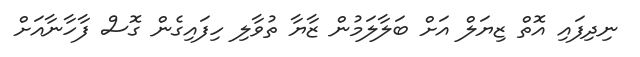
ނިދިފައި އޮތް ޒިޔަލް އަށް ބަލާލަމުން ޒާޔާ ތުވާލި ހިފައިގެން ގޮސް ފާހާނާއަށް